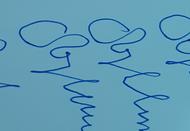
Signature authenticity: forged